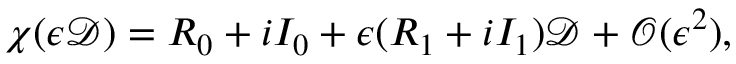
\begin{array} { r } { \chi ( \epsilon \mathcal { D } ) = R _ { 0 } + i I _ { 0 } + \epsilon ( R _ { 1 } + i I _ { 1 } ) \mathcal { D } + \mathcal { O } ( \epsilon ^ { 2 } ) , } \end{array}